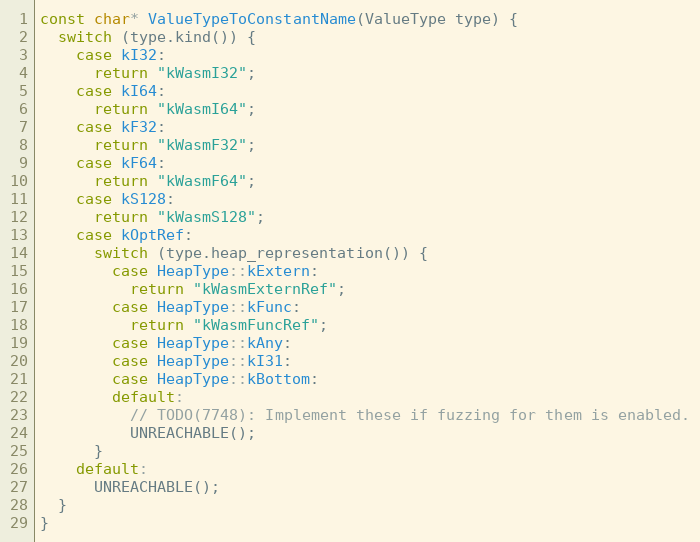
Language: C++
const char* ValueTypeToConstantName(ValueType type) {
  switch (type.kind()) {
    case kI32:
      return "kWasmI32";
    case kI64:
      return "kWasmI64";
    case kF32:
      return "kWasmF32";
    case kF64:
      return "kWasmF64";
    case kS128:
      return "kWasmS128";
    case kOptRef:
      switch (type.heap_representation()) {
        case HeapType::kExtern:
          return "kWasmExternRef";
        case HeapType::kFunc:
          return "kWasmFuncRef";
        case HeapType::kAny:
        case HeapType::kI31:
        case HeapType::kBottom:
        default:
          // TODO(7748): Implement these if fuzzing for them is enabled.
          UNREACHABLE();
      }
    default:
      UNREACHABLE();
  }
}